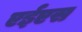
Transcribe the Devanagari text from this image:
एईएस